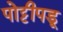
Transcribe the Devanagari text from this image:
पोट्टीपडू